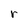
Character: r